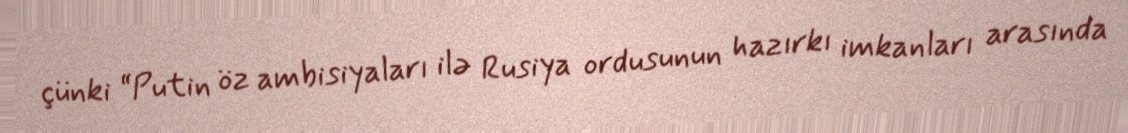
çünki “Putin öz ambisiyaları ilə Rusiya ordusunun hazırkı imkanları arasında